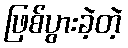
ဖြစ်ပွားခဲ့တဲ့